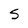
Character: S